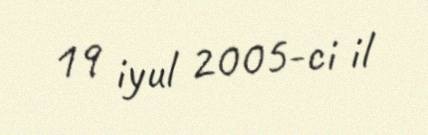
19 iyul 2005-ci il